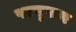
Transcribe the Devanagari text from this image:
परसुएडर